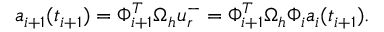
\boldsymbol { a } _ { i + 1 } ( t _ { i + 1 } ) = \Phi _ { i + 1 } ^ { T } \Omega _ { h } \boldsymbol { u } _ { r } ^ { - } = \Phi _ { i + 1 } ^ { T } \Omega _ { h } \Phi _ { i } \boldsymbol { a } _ { i } ( t _ { i + 1 } ) .